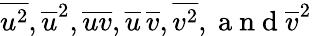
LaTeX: \overline{{{u^{2}}}},\overline{{{u}}}^{2},\overline{{{uv}}},\overline{{{u}}}\, \overline{{{v}}},\overline{{{v^{2}}}},\mathrm{~a~n~d~}\overline{{{v}}}^{2}